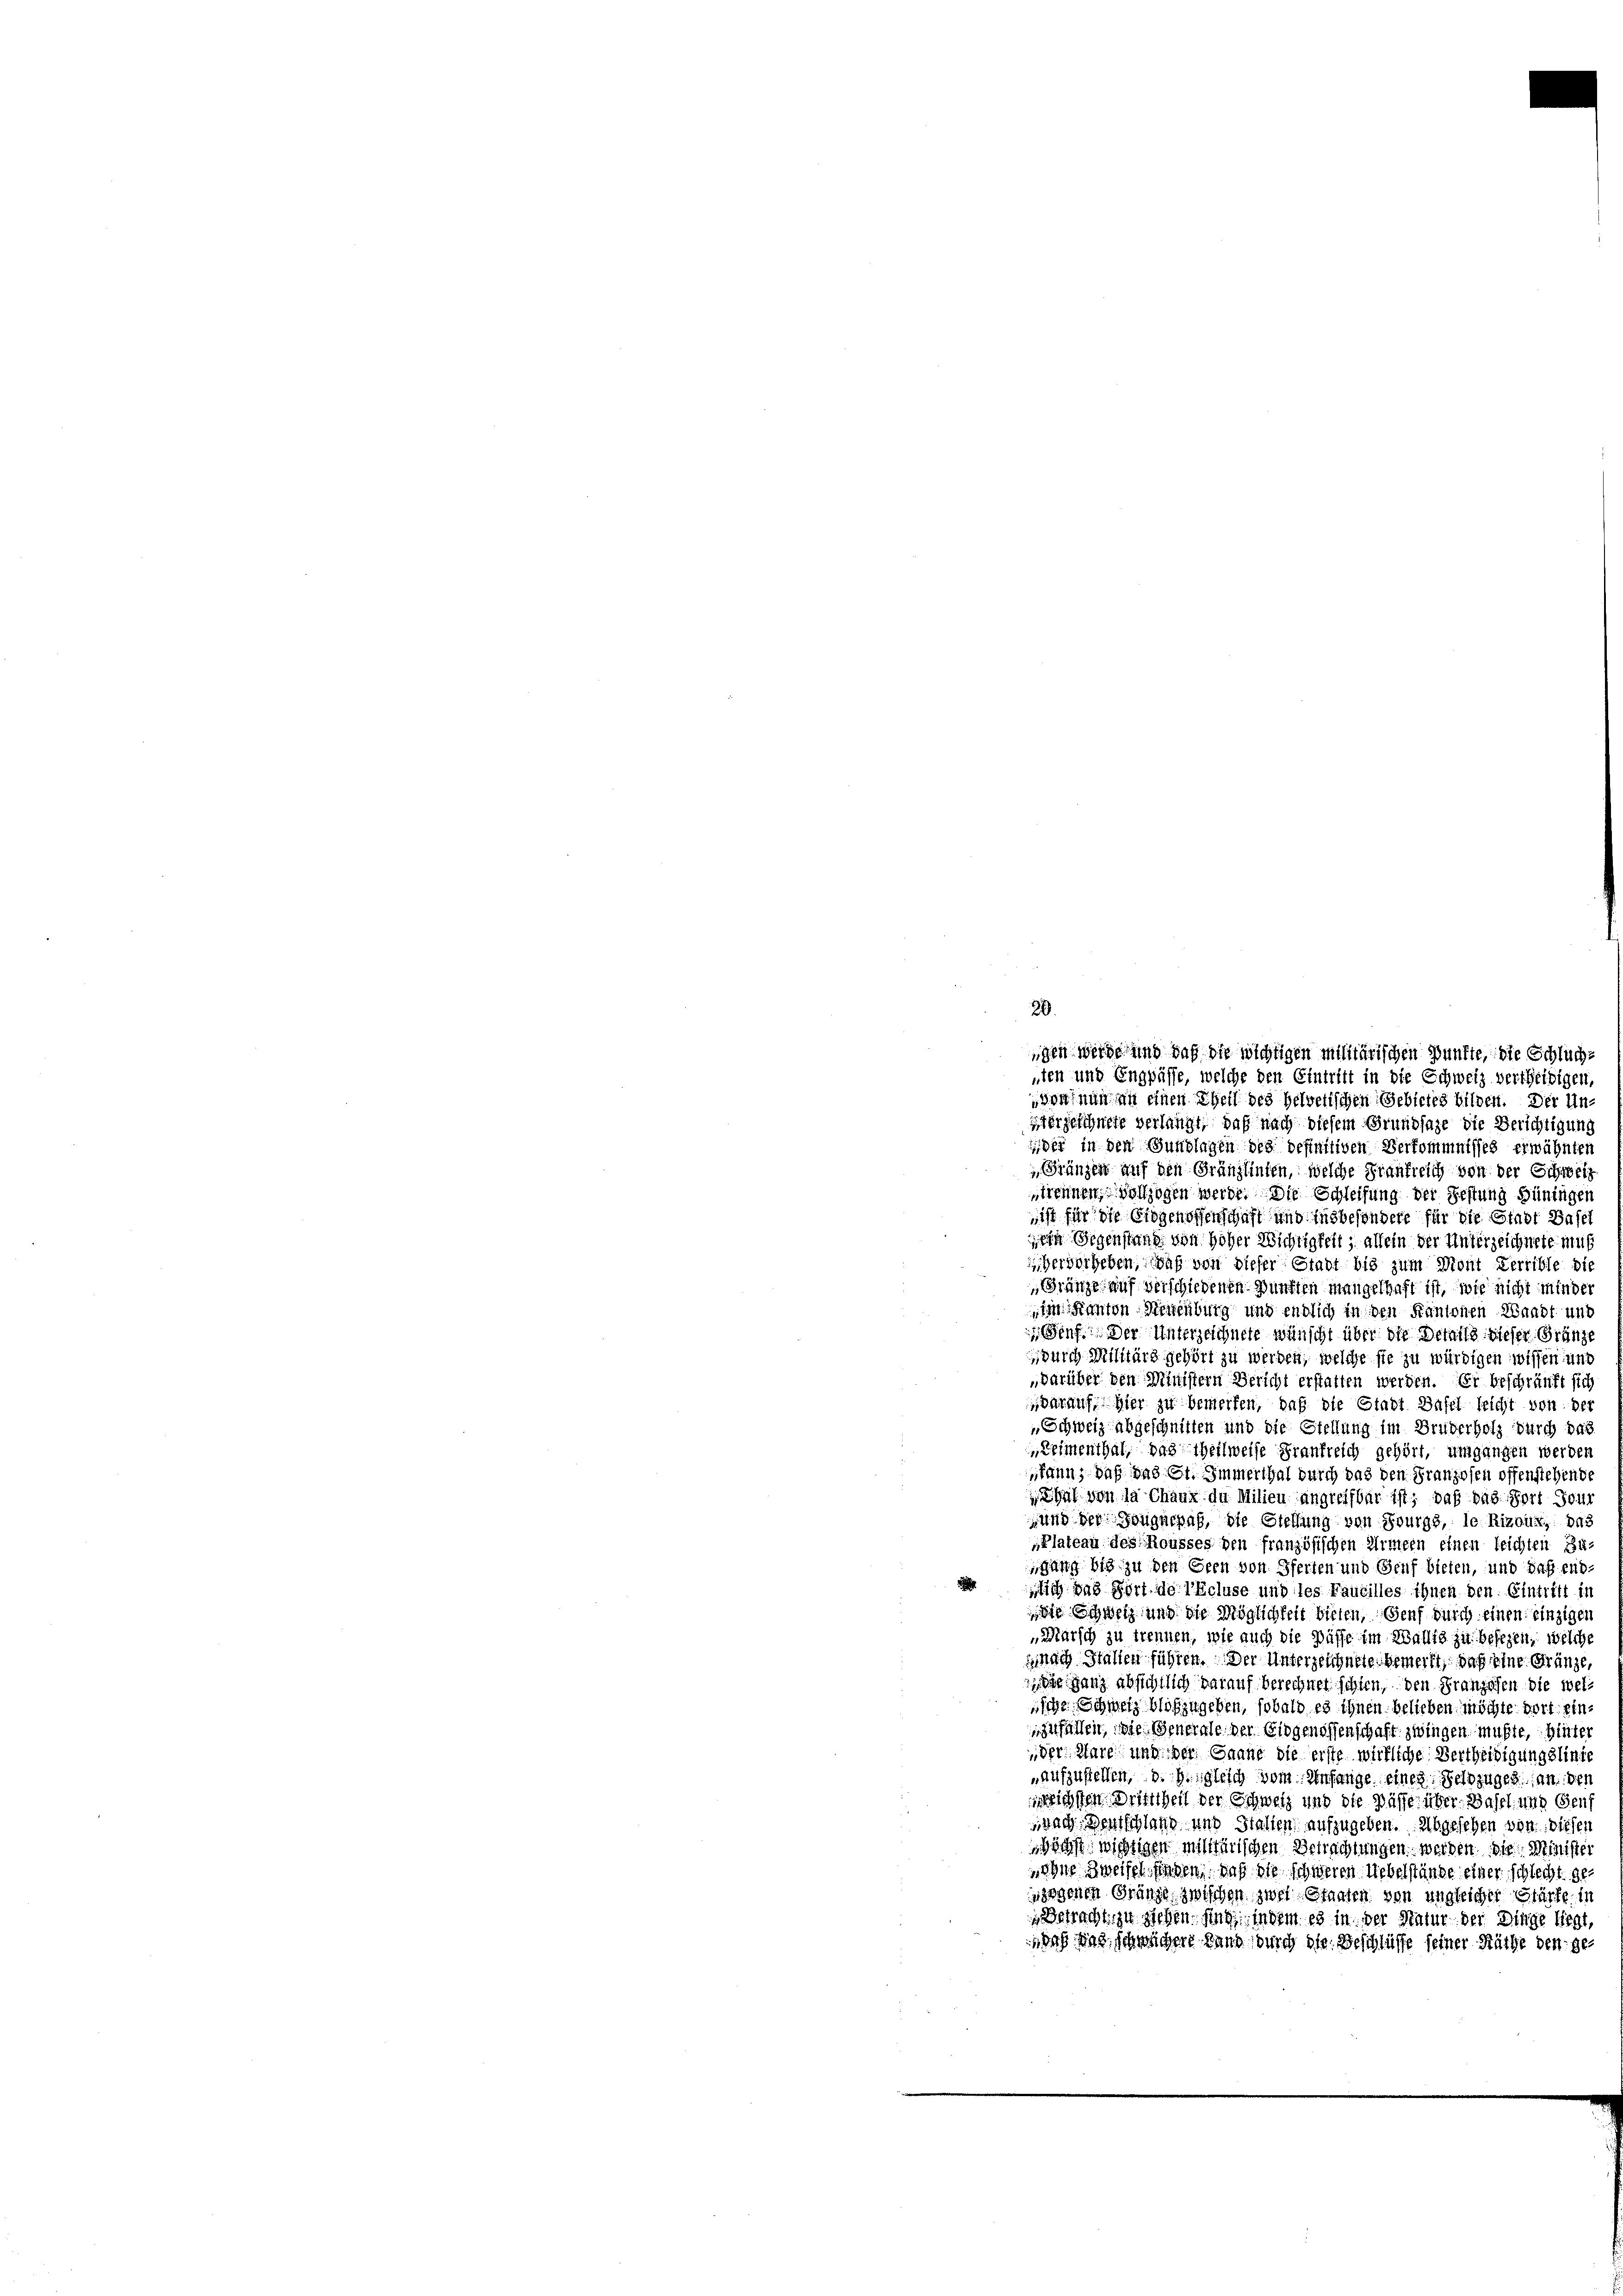
20.
igen werde und daß die wichtigen Militärischen Punkte, die Schluchsten und Engpässe, welche den Eintritt in die Schweiz vertheidigen

Hornung an einen Theil des helvetischen Gebietes bilden. Der Un¬
Herzeichnete verlangt, daß nach diesem Grundlage die Berichtigung
der in den Gundlagen des definitiven Verkommnisses erwähnten
Gränzen auf den Gränzlinten, welche Frankreich von der Schweiz
trennen vollzogen werde. Die Schleifung der Festung Büningen
sist für die Groschoffenschaft und insbesondere für die Stadt Basel
ein Gegenstanz von Hoher Wichtigkeit, allein der Unterzeichnete mut
hergergeben, daß von dieser Stadt bis zum Mont Verrible die
Gränze auf verschiedenen Zünften mangelhaft ist, wie nicht minder
im Kanton Segenburg und endlich in den Kantonen Waadt und
 Genf. Der Unterzeichnete wünscht über die Details dieser Gränze
durch Militärs gehört zu werden, welche sie zu würdigen wissen und
darüber den Ministern Bericht erstatten werden. Er beschränkt sich
darauf hier zu bemerken, daß die Stadt Basel leicht von der
„Schweiz abgeschnitten und die Stellung im Bruderholz durch das
Zeimenthal, das theilweise Frankreich gehört, umgangen werden
kann, daß das St. Immerthal durch das den Franzosen offenstehende
hut von la Chaux du Milieu angreifbar ist; daß das Port Jour
und der Gaugurpaß, die Stellung von Bourgs, le Rizout, das
Plateau des Rousses den französischen Armeen einen leichten Zu-
Gang bis zu den Bern von Pferten und Genf bieten, und daß end-
d
lich das Fort de l’Ecluse und des Fautilles ihnen den Eintritt in
die Schweiz und die Möglichkeit bieten, Genf durch einen einziger
Marsch zu trennen, wie auch die Pässe im Wallis zu besezen, welche
nach Stallen führen. Der Unterzeichnete bemerkt, daß eine Gränze,
 die ganz absichtlich darauf berechnet schlen, den Franzosen die weliche Schweiz bloszugeben, sobald es ihnen belieben möchte dort einzufallen, die Generale der Eidgenossenschaft zwingen mußte, hinter
der Ware und der Canne die erste wirkliche Vertheidigungslinie
„aufzustellen, d. h. gleich vom Anfange einer Geldzuges an des
ichen Drittheil der Schweiz und die Wasse über Basel und Genf
wach erschlang und Stallen aufzugeben. Abgesehen von diesen
öchst wichtigen militärischen Betrachtungen werden die Minister
ehne Zweifel finden, daß die schweren Uebelstände einer schlecht ge
sgegenen Gränzen zwischen zwei Staaten von ungleicher Stürfe in
Betracht, zu ziehen. sind, in dem es in der Statur der Dinge liegt,
daß das schwichere Land (durch die Beschlüsse seiner Räthe den ge¬